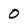
Character: O